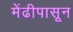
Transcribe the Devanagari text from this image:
मेंढीपासून